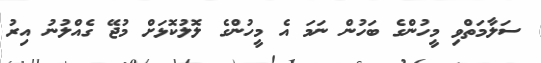
ސަލާމަތްވި މީހުންގެ ބަހުން ނަމަ އެ މީހުންގެ ލޮލުކޮޅަށް މުޖޭ ގެއްލުނު އިރު